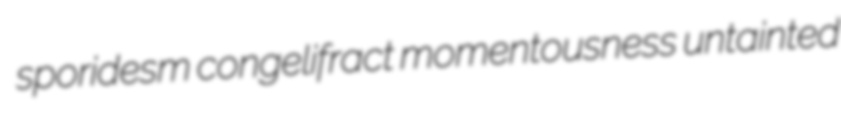
sporidesm congelifract momentousness untainted